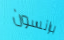
برانسون